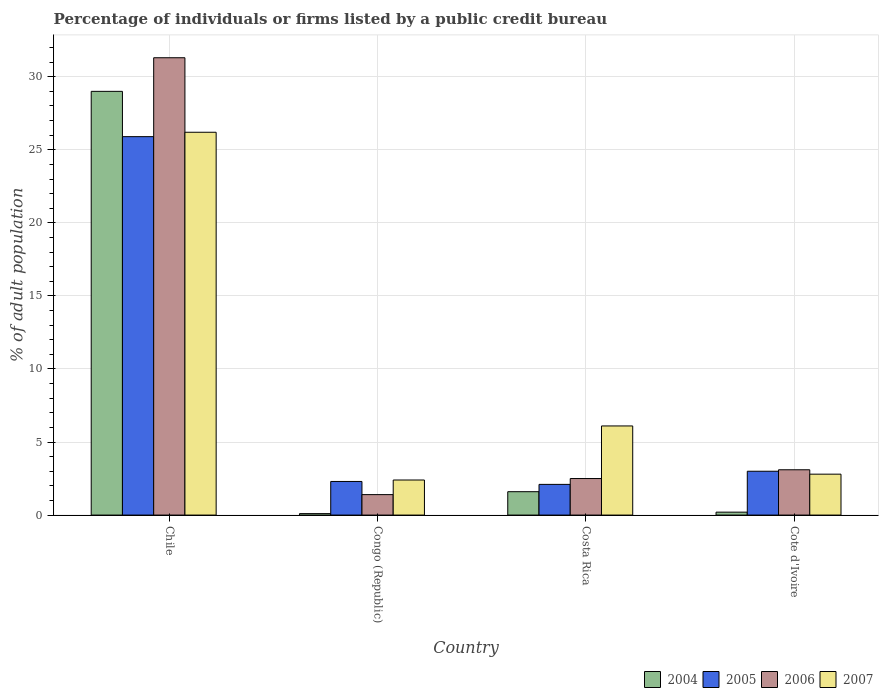
| Country | 2004 | 2005 | 2006 | 2007 |
 | --- | --- | --- | --- | --- |
 | Chile | 29 | 25.9 | 31.3 | 26.2 |
 | Congo (Republic) | 0.1 | 2.3 | 1.4 | 2.4 |
 | Costa Rica | 1.6 | 2.1 | 2.5 | 6.1 |
 | Cote d'Ivoire | 0.2 | 3 | 3.1 | 2.8 |